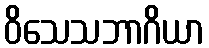
ဝိသေသဘာဂိယာ